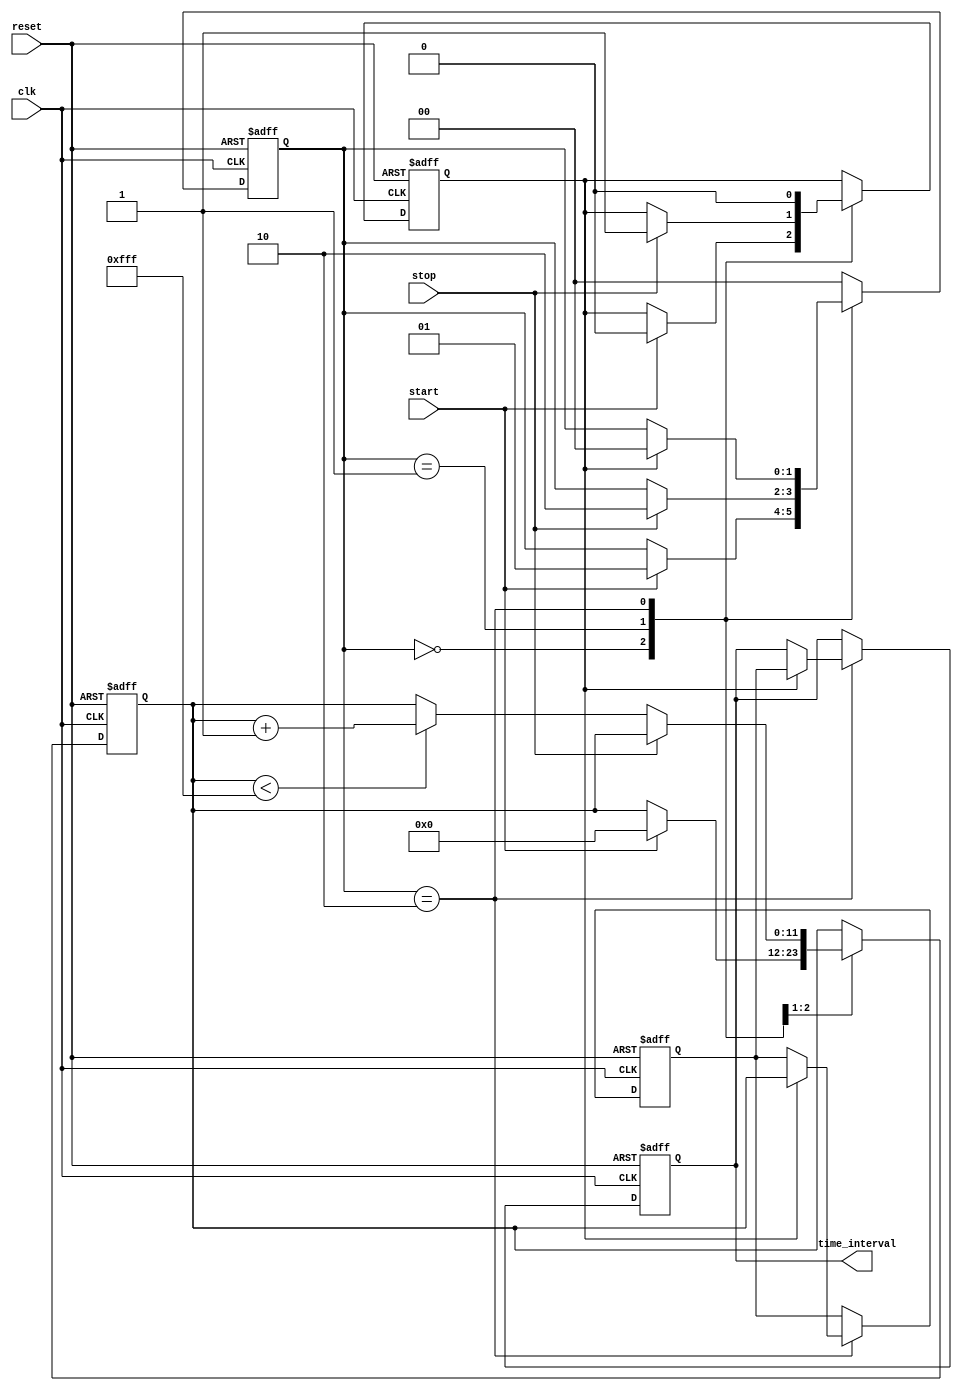
module TDC (
    input wire clk,         // System clock
    input wire reset,       // Active high reset
    input wire start,       // Start signal
    input wire stop,        // Stop signal
    output reg [11:0] time_interval // 12-bit digital output
);

    // Parameters
    parameter RAMP_RATE = 12'd1; // Voltage ramp rate per clock cycle
    parameter MAX_VOLTAGE = 12'd4095; // Maximum voltage level (12-bit resolution)

    // Internal signals
    reg [11:0] voltage;         // Ramp voltage
    reg sampling;               // Sampling flag
    reg [1:0] state;            // State for FSM
    reg [11:0] sampled_voltage;  // Sampled voltage output
    
    // State encoding
    localparam IDLE = 2'b00,
               RAMPING = 2'b01,
               SAMPLING = 2'b10;

    // State machine for TDC operation
    always @(posedge clk or posedge reset) begin
        if (reset) begin
            state <= IDLE;
            voltage <= 12'd0;
            time_interval <= 12'd0;
            sampled_voltage <= 12'd0;
            sampling <= 1'b0;
        end else begin
            case (state)
                IDLE: begin
                    if (start) begin
                        voltage <= 12'd0; // Reset voltage
                        state <= RAMPING; // Move to ramping state
                        sampling <= 1'b0; // Reset sampling flag
                    end
                end

                RAMPING: begin
                    if (stop) begin
                        state <= SAMPLING; // Move to sampling state
                        sampling <= 1'b1; // Set sampling flag
                    end else begin
                        // Generate ramp voltage
                        if (voltage < MAX_VOLTAGE)
                            voltage <= voltage + RAMP_RATE; // Ramp up
                    end
                end

                SAMPLING: begin
                    if (sampling) begin
                        // Capture the voltage at stop signal
                        sampled_voltage <= voltage;
                        time_interval <= sampled_voltage; // Output the sampled voltage as time interval
                        sampling <= 1'b0; // Reset sampling flag
                        state <= IDLE; // Return to idle state
                    end
                end

                default: state <= IDLE; // Default state
            endcase
        end
    end

endmodule